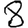
Digit: 8